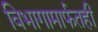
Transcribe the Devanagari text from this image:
विभागामार्फतही